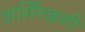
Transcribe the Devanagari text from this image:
शर्मिंन्दगी